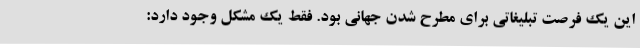
این یک فرصت تبلیغاتی برای مطرح شدن جهانی بود. فقط یک مشکل وجود دارد: